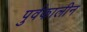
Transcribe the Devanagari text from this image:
पुर्वकालीन